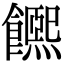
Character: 𩟄